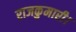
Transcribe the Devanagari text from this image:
राजकुमारी।